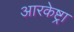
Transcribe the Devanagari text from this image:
आरकेष्ट्रा